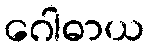
ဂေါဓာယ